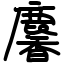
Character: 麘